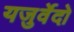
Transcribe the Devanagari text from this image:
यजुर्वेदो